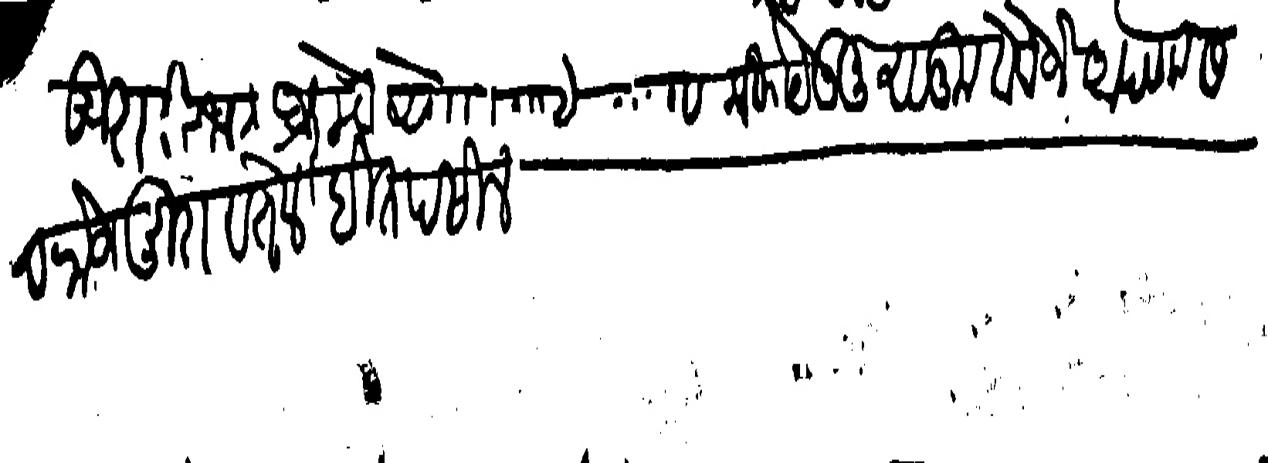
Transliteration (Devanagari): मुरारीभट ब्रम्हे सारे कसबे चाकण हुजूर येऊन मालूम केले जे आपणास इनाम व रोजमुरा व तेल बी तपसिल